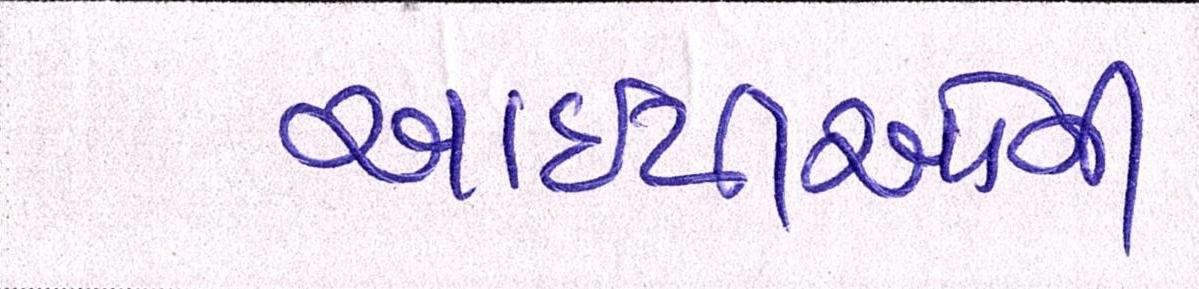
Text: આઇપીઓની